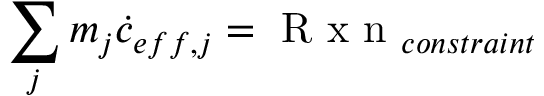
\sum _ { j } m _ { j } \dot { c } _ { e f f , j } = \mathrm { ~ R ~ x ~ n ~ } _ { c o n s t r a i n t }